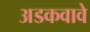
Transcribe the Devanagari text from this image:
अडकवावे